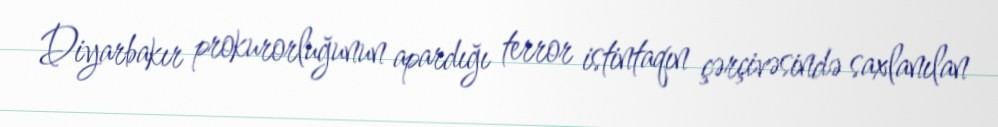
Diyarbakır prokurorluğunun apardığı terror istintaqın çərçivəsində saxlanılan